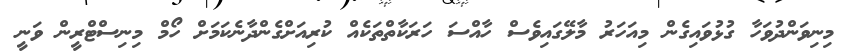
މިނިވަންދުވަހާ ގުޅުވައިގެން މިއަހަރު މާލޭގައިވެސް ހާއްސަ ހަރަކާތްތަކެއް ކުރިއަށްގެންދާނެކަމަށް ހޯމް މިނިސްޓްރީން ވަނީ